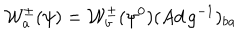
LaTeX: { \cal W } _ { a } ^ { \pm } ( \psi ) = { \cal W } _ { b } ^ { \pm } ( \psi ^ { 0 } ) ( A d \, g ^ { - 1 } ) _ { b a } \,